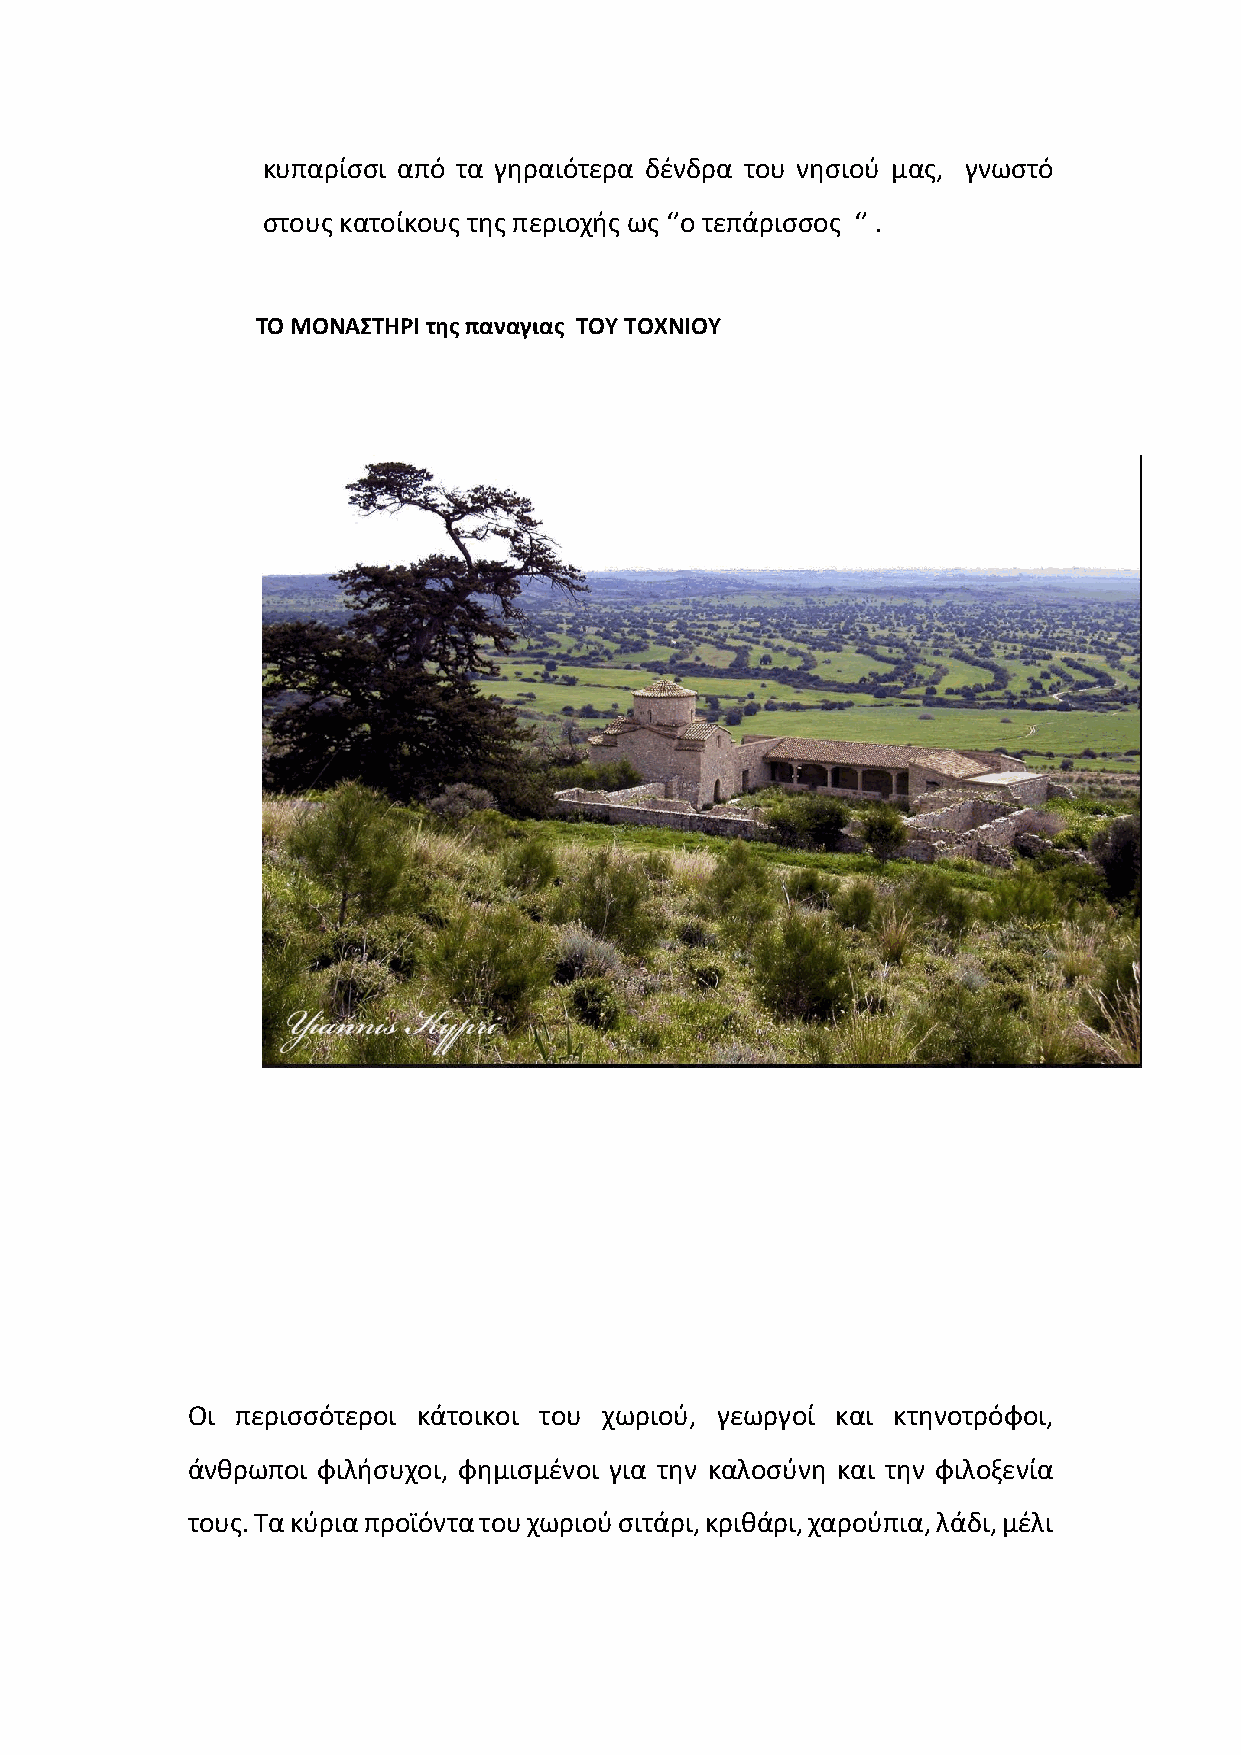
κυπαρίσσι από τα γηραιότερα δένδρα του νησιού μας, γνωστό
 στους κατοίκους της περιοχής ως ‘’ο τεπάρισσος ‘’ .
 ΤΟ ΜΟΝΑΣΤΗΡΙ της παναγιας ΤΟΥ ΤΟΧΝΙΟΥ
 Οι  περισσότεροι κάτοικοι του χωριού, γεωργοί και κτηνοτρόφοι,
 άνθρωποι φιλήσυχοι, φημισμένοι για την καλοσύνη και την φιλοξενία
 τους. Τα κύρια προϊόντα του χωριού σιτάρι, κριθάρι, χαρούπια, λάδι, μέλι